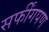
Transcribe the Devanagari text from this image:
सर्फींगपण